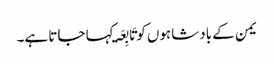
یمن کے بادشاہوں کو تَابِعَۃ کہا جاتا ہے۔